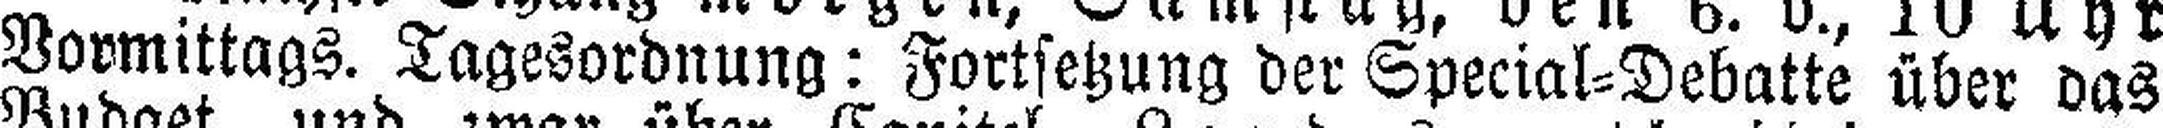
Vormittags. Tagesordnung: Fortsetzung der Special=Debatte über das